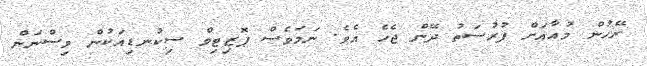
ރޭހުން މުއާއަށް ފުރުސަތު ދޭން ޖެހެ އެވެ. ނަމަވެސް ޕޮޒިޓިވް ސިކުނޑިއަކުން ވިސްނަން